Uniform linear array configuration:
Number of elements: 4
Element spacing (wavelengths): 0.25
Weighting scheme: blackman
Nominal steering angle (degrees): -15
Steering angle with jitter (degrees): -15.402
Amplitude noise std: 0.05
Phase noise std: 0.05

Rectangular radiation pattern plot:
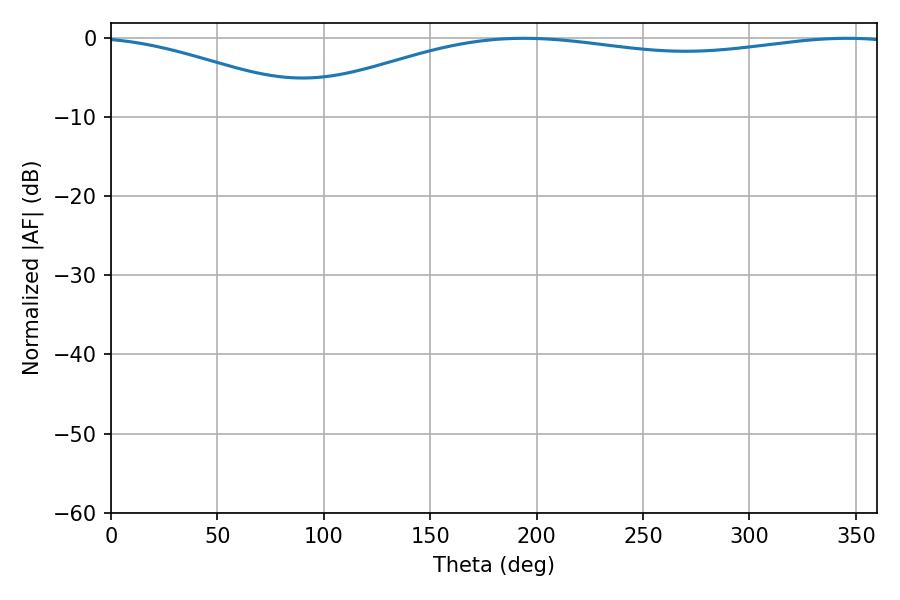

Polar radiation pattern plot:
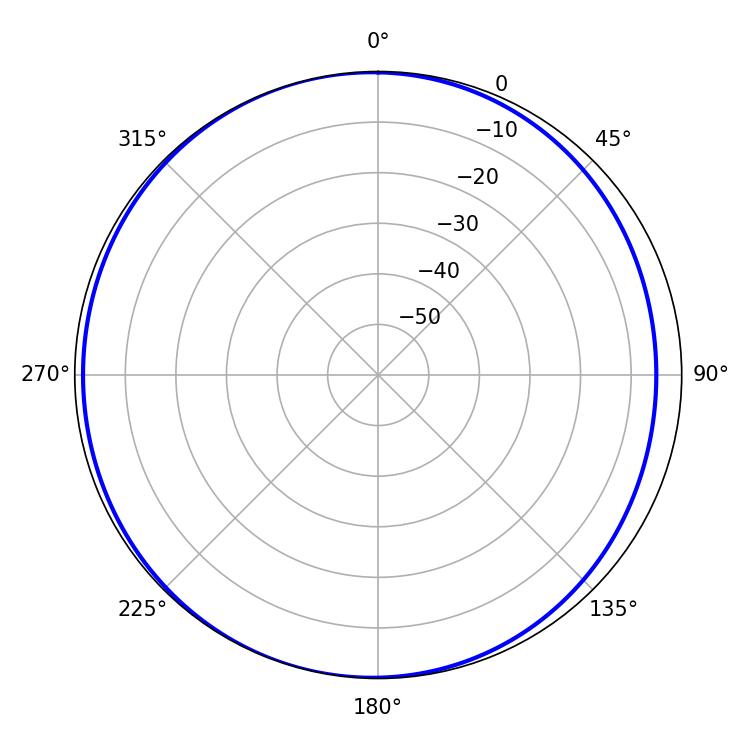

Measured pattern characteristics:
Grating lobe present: FALSE
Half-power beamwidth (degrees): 229.14
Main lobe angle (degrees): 194.04